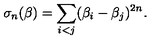
\sigma _ { n } ( \beta ) = \sum _ { i < j } ( \beta _ { i } - \beta _ { j } ) ^ { 2 n } .